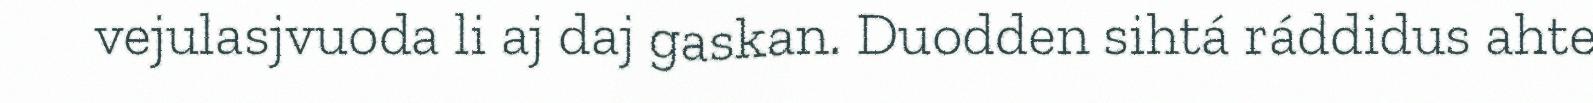
vejulasjvuoda li aj daj gaskan. Duodden sihtá ráddidus ahte